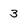
Character: 3